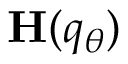
\mathbf { H } ( q _ { \theta } )